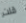
قلت